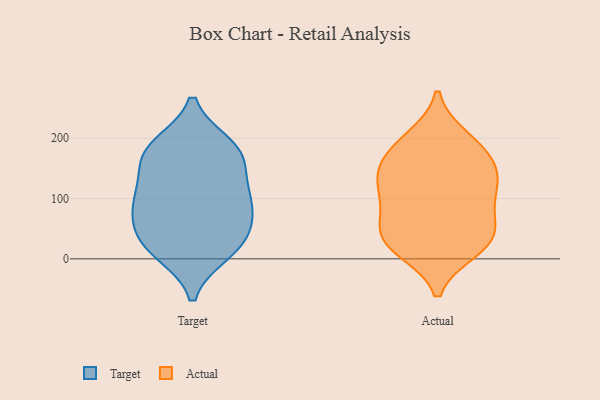
{"axis": {"x": "Gross Profit (USD K)", "y": "Value"}, "legend": ["Actual", "Target"], "data": [{"x": "", "y": 10, "type": "Target"}, {"x": "", "y": 77, "type": "Target"}, {"x": "", "y": 45, "type": "Target"}, {"x": "", "y": 93, "type": "Target"}, {"x": "", "y": 161, "type": "Target"}, {"x": "", "y": 162, "type": "Target"}, {"x": "", "y": 115, "type": "Target"}, {"x": "", "y": 10, "type": "Target"}, {"x": "", "y": 179, "type": "Target"}, {"x": "", "y": 31, "type": "Target"}, {"x": "", "y": 188, "type": "Target"}, {"x": "", "y": 186, "type": "Target"}, {"x": "", "y": 93, "type": "Target"}, {"x": "", "y": 104, "type": "Target"}, {"x": "", "y": 40, "type": "Target"}, {"x": "", "y": 142, "type": "Actual"}, {"x": "", "y": 190, "type": "Actual"}, {"x": "", "y": 153, "type": "Actual"}, {"x": "", "y": 84, "type": "Actual"}, {"x": "", "y": 200, "type": "Actual"}, {"x": "", "y": 31, "type": "Actual"}, {"x": "", "y": 105, "type": "Actual"}, {"x": "", "y": 51, "type": "Actual"}, {"x": "", "y": 29, "type": "Actual"}, {"x": "", "y": 54, "type": "Actual"}, {"x": "", "y": 104, "type": "Actual"}, {"x": "", "y": 20, "type": "Actual"}, {"x": "", "y": 132, "type": "Actual"}, {"x": "", "y": 142, "type": "Actual"}, {"x": "", "y": 15, "type": "Actual"}, {"x": "", "y": 182, "type": "Actual"}]}